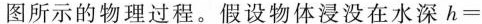
图所示的物理过程。假设物体浸没在水深$$h =